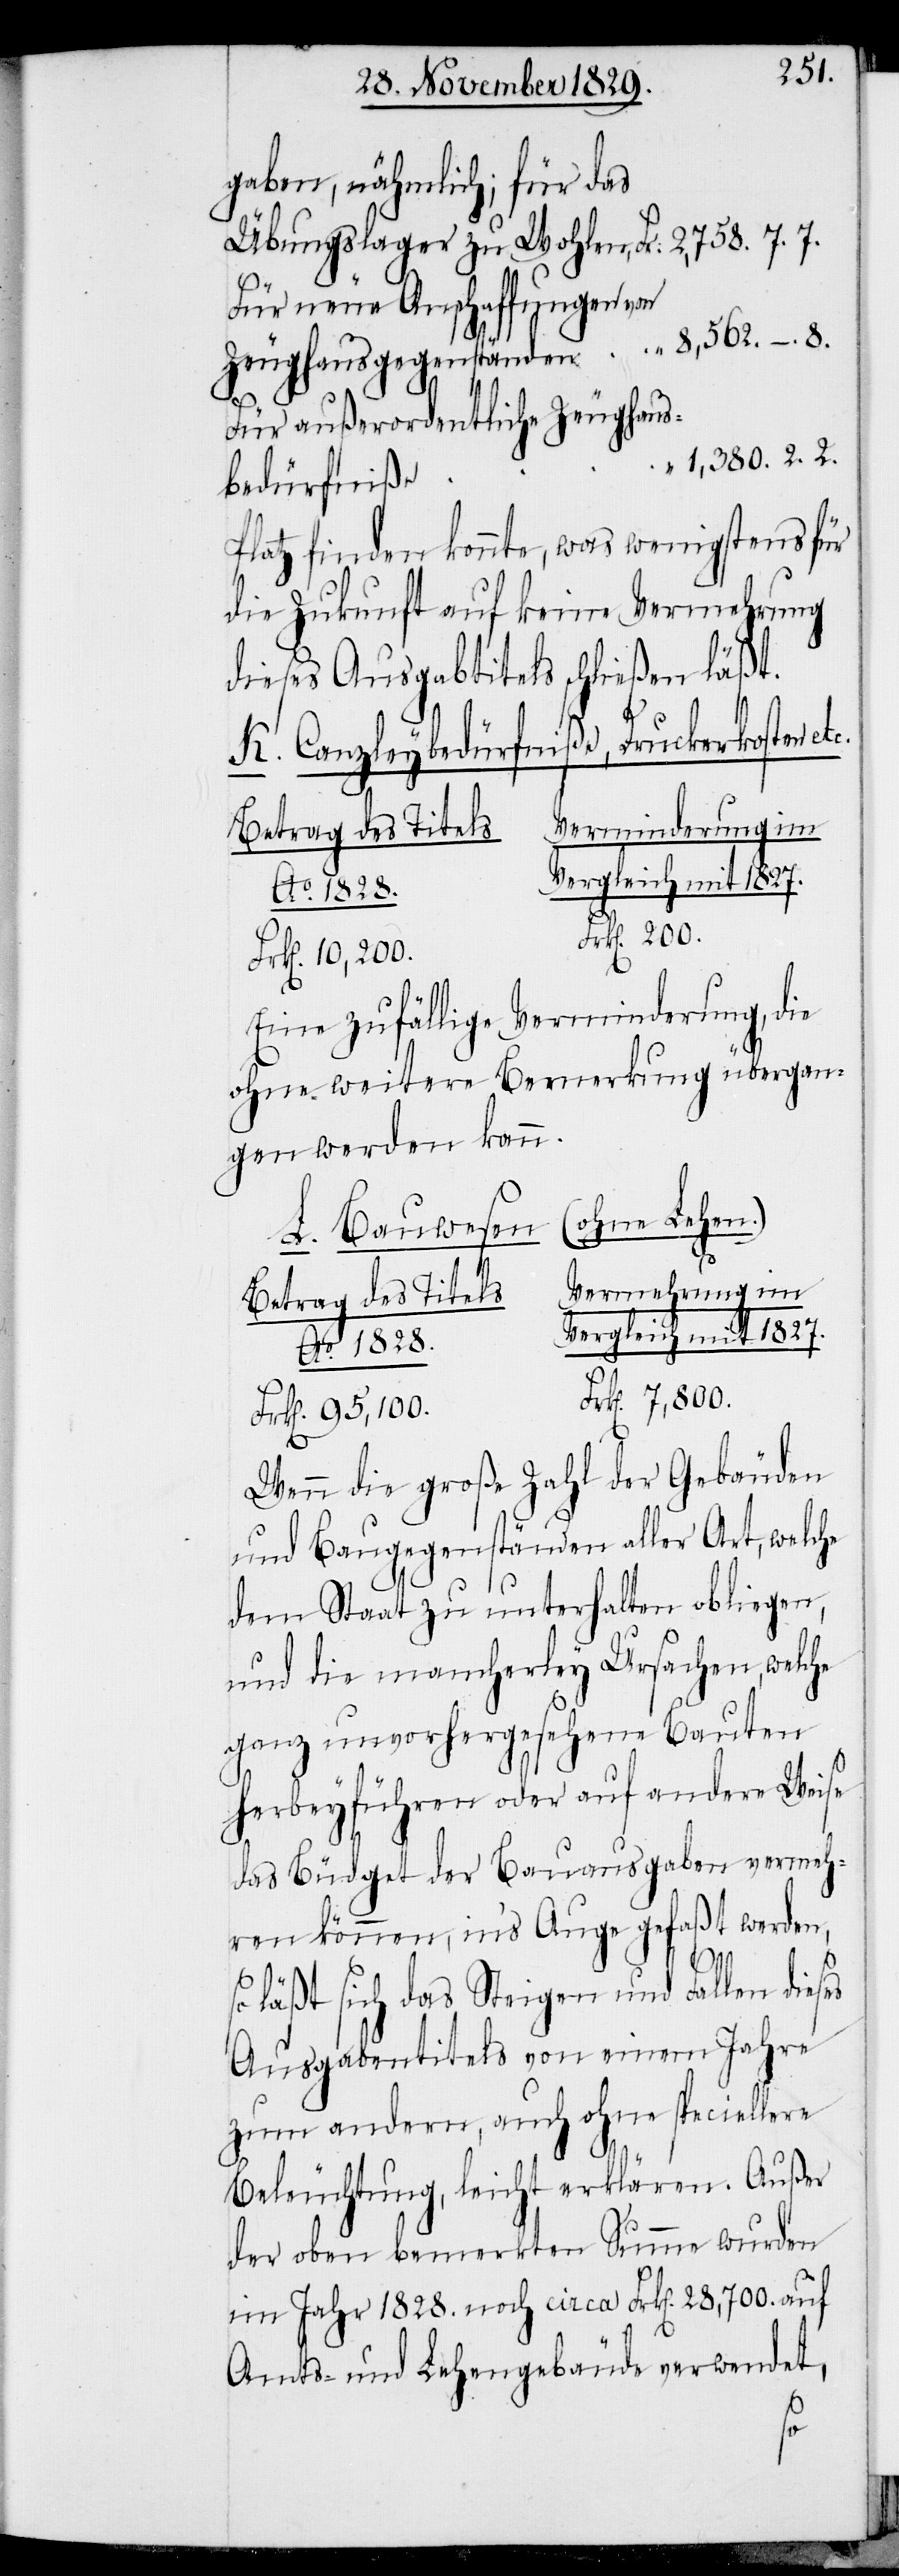
gaben, nähmlich; für das
Für neue Anschaffungen von
Zeughausgegenständen
Für außerordentliche Zeughaus¬
1,380.2.2.
bedürfniße
Platz finden konnte, was wenigstens für
die Zukunft auf keine Vermehrung
dieses Ausgabtitels schließen läßt.
K. Canzleybedürfniße, Druckerkosten e¬
Verminderung im
Betrag des Titels.
Ao. 1828.
Frk[en]. 200.
Eine zufällige Verminderung, die
ohne weitere Bemerkung übergan¬
gen werden kann.
(ohne Lehen.)
L. Bauwesen
Vermehrung im
7,800.
mit
Frk[en]. 95,100.
Wenn die große Zahl der Gebäuden
und Baugegenständen aller Art, welche
dem Staat zu unterhalten obliegen,
und die mancherley Ursachen, welche
ganz unvorhergesehene Bauten
herbeyführen oder auf andere Weise
das Büdget der Bauausgaben vermeh¬
ren können, in’s Auge gefaßt werden,
so läßt sich das Steigen und Fallen dieses
Ausgabentitels von einem Jahre
zum andern, auch ohne speciellere
Beleuchtung, leicht erklären. Außer
der oben bemerkten Summe wurden
im Jahr 1828. noch circa Frk[en]. 28,700. auf
Amts- und Lehengebäude verwendet,